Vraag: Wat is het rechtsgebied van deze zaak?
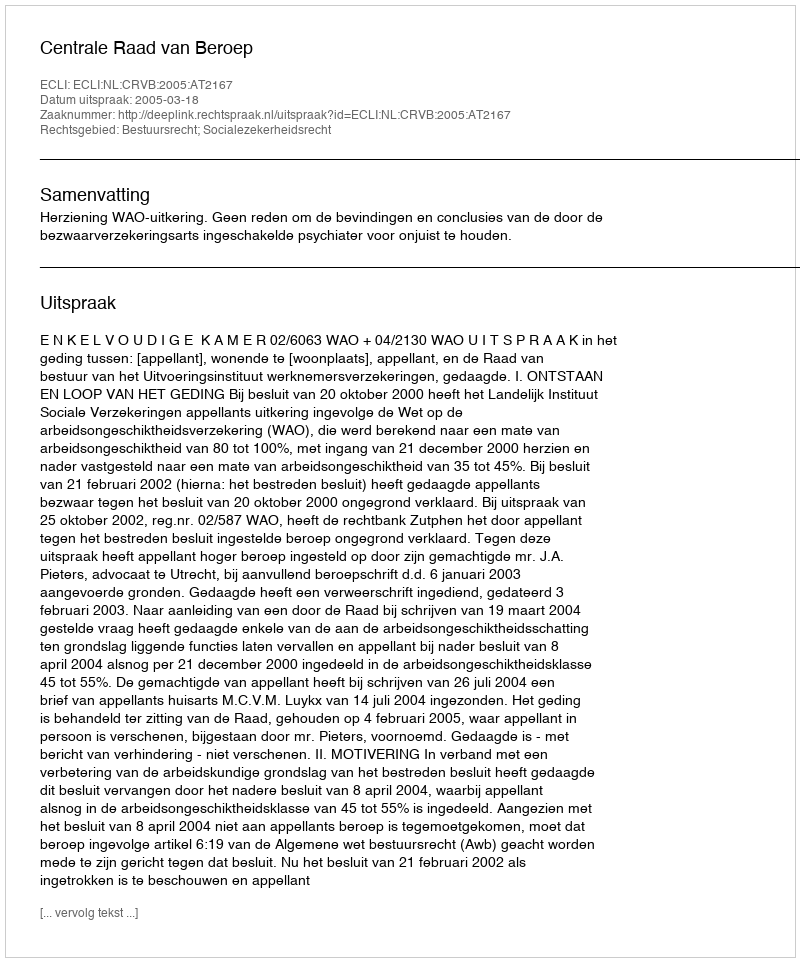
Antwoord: Bestuursrecht; Socialezekerheidsrecht